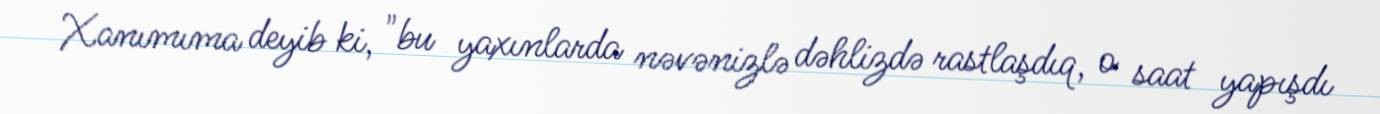
Xanımıma deyib ki, "bu yaxınlarda nəvənizlə dəhlizdə rastlaşdıq, o saat yapışdı